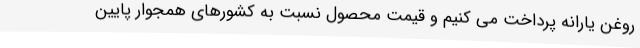
روغن یارانه پرداخت می کنیم و قیمت محصول نسبت به کشورهای همجوار پایین